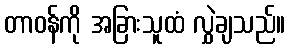
တာဝန်ကို အခြားသူထံ လွှဲချသည်။